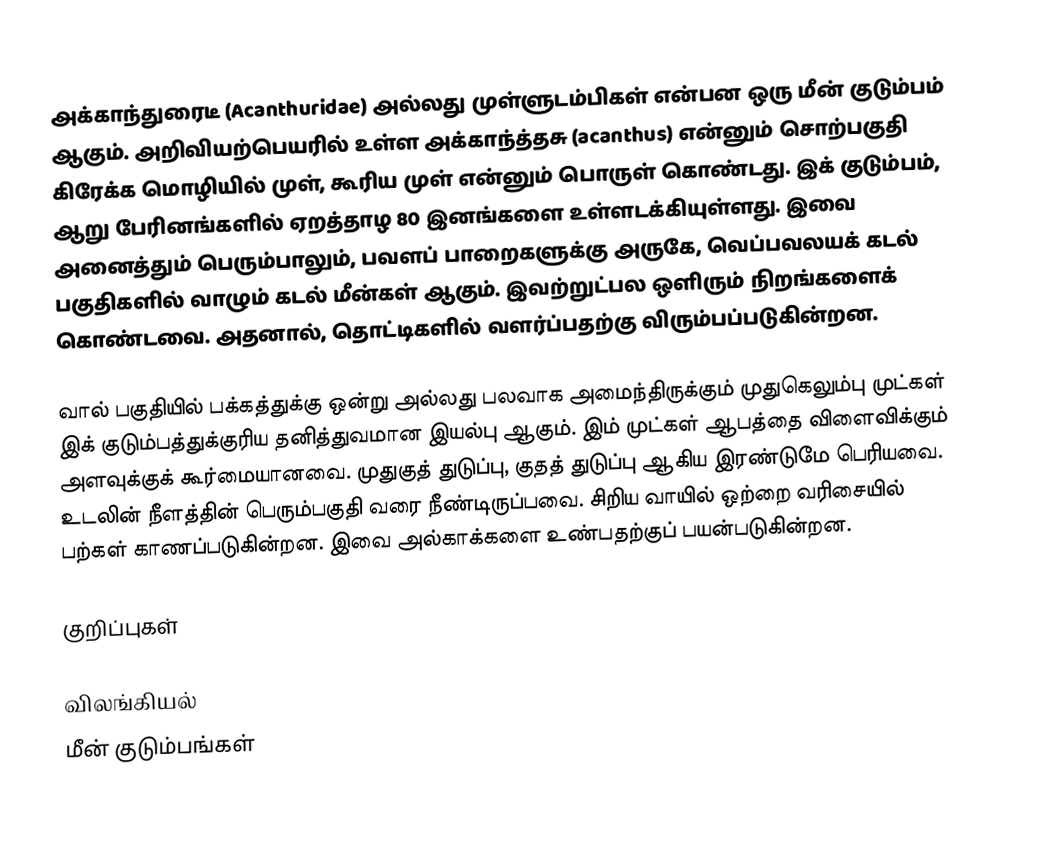
அக்காந்துரைடீ (Acanthuridae) அல்லது முள்ளுடம்பிகள் என்பன ஒரு மீன் குடும்பம் ஆகும். அறிவியற்பெயரில் உள்ள அக்காந்த்தசு (acanthus) என்னும் சொற்பகுதி கிரேக்க மொழியில் முள், கூரிய முள் என்னும் பொருள் கொண்டது. இக் குடும்பம், ஆறு பேரினங்களில் ஏறத்தாழ 80 இனங்களை உள்ளடக்கியுள்ளது. இவை அனைத்தும் பெரும்பாலும், பவளப் பாறைகளுக்கு அருகே, வெப்பவலயக் கடல் பகுதிகளில் வாழும் கடல் மீன்கள் ஆகும். இவற்றுட்பல ஒளிரும் நிறங்களைக் கொண்டவை. அதனால், தொட்டிகளில் வளர்ப்பதற்கு விரும்பப்படுகின்றன.

வால் பகுதியில் பக்கத்துக்கு ஒன்று அல்லது பலவாக அமைந்திருக்கும் முதுகெலும்பு முட்கள் இக் குடும்பத்துக்குரிய தனித்துவமான இயல்பு ஆகும். இம் முட்கள் ஆபத்தை விளைவிக்கும் அளவுக்குக் கூர்மையானவை. முதுகுத் துடுப்பு, குதத் துடுப்பு ஆகிய இரண்டுமே பெரியவை. உடலின் நீளத்தின் பெரும்பகுதி வரை நீண்டிருப்பவை. சிறிய வாயில் ஒற்றை வரிசையில் பற்கள் காணப்படுகின்றன. இவை அல்காக்களை உண்பதற்குப் பயன்படுகின்றன.

குறிப்புகள்

விலங்கியல்
மீன் குடும்பங்கள்